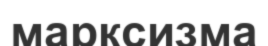
марксизма